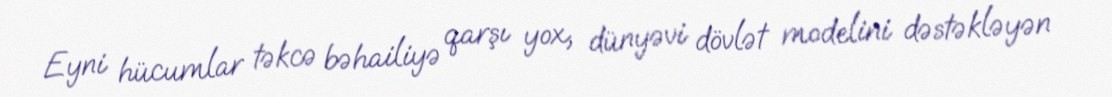
Eyni hücumlar təkcə bəhailiyə qarşı yox, dünyəvi dövlət modelini dəstəkləyən